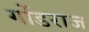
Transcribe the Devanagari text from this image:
गोंडराज